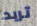
تريد